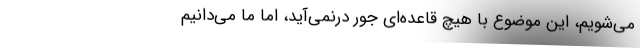
می‌شویم، این موضوع با هیچ قاعده‌ای جور درنمی‌آید، اما ما می‌دانیم